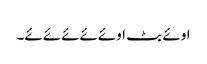
اوئے بٹ اوئےئےئےئےئے۔